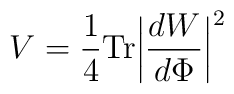
V = {1\over 4}{\rm Tr} \biggl | {{dW}\over {d\Phi}} \biggr |^2